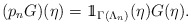
\begin{align*}(p_n G)(\eta) = 1\!\!1_{\Gamma(\Lambda_n)} (\eta) G(\eta).\end{align*}